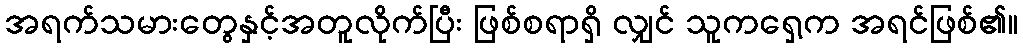
အရက်သမားတွေနှင့်အတူလိုက်ပြီး ဖြစ်စရာရှိ လျှင် သူကရှေ့က အရင်ဖြစ်၏။